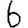
Digit: 6